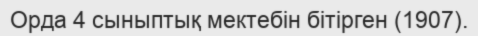
Орда 4 сыныптық мектебін бітірген (1907).